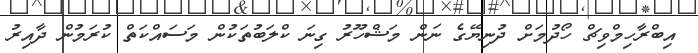
އިބްރާހިމްވިޗް ހޯދުމަށް ދުނިޔޭގެ ނަން މަޝްހޫރު ގިނަ ކްލަބުތަކުން މަސައްކަތް ކުރަމުން ދާއިރު